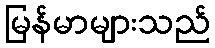
မြန်မာများသည်